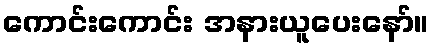
ကောင်းကောင်း အနားယူပေးနော်။